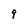
Character: 9